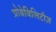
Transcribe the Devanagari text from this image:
प्रोबेबिलिटीज़